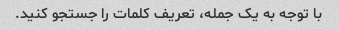
با توجه به یک جمله، تعریف کلمات را جستجو کنید.